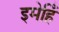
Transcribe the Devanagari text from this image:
इमेहिँ